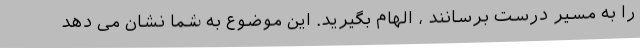
را به مسیر درست برسانند ، الهام بگیرید. این موضوع به شما نشان می دهد